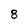
Character: 8